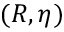
( R , \eta )